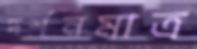
দর্শনমাত্র